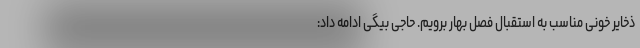
ذخایر خونی مناسب به استقبال فصل بهار برویم. حاجی بیگی ادامه داد: